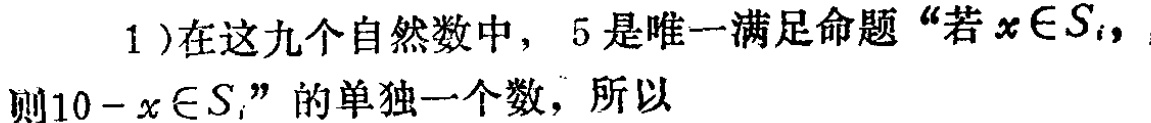
1)在这九个自然数中，5是唯一满足命题“若\(x\in S_{i}\)，则\(10 - x\in S_{i}\)”的单独一个数，所以